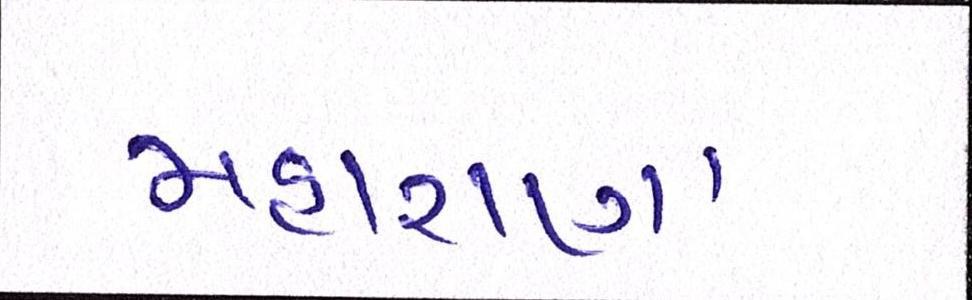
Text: મહારાણા